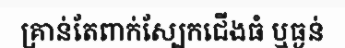
គ្រាន់តែពាក់ស្បែកជើងធំ ឬធ្ងន់